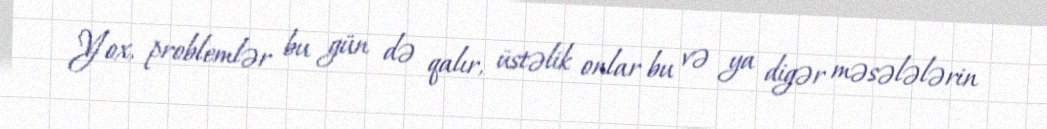
Yox, problemlər bu gün də qalır, üstəlik onlar bu və ya digər məsələlərin